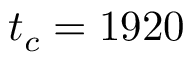
t _ { c } = 1 9 2 0